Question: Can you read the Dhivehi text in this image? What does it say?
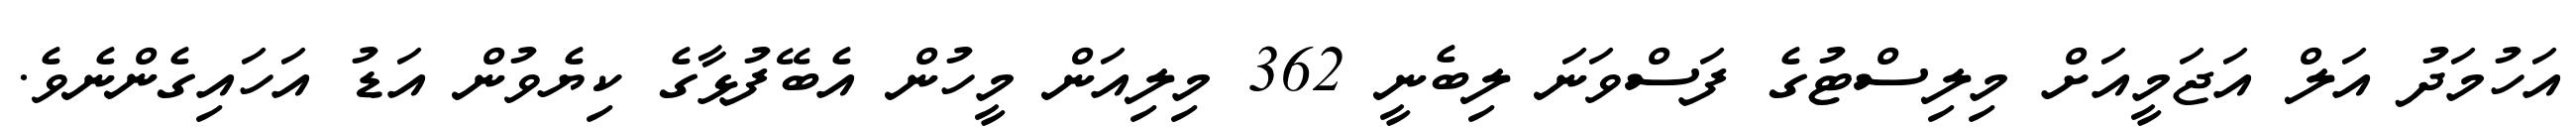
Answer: އަހުމަދު އަލް އަޖަމީއަށް މިލިސްޓުގެ ފަސްވަނަ ލިބެނީ 362 މިލިއަން މީހުން އެބޭފުޅާގެ ކިޔެވުން އަޑު އަހައިގެންނެވެ.